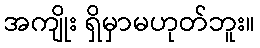
အကျိုး ရှိမှာမဟုတ်ဘူး။